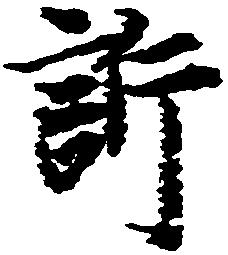
訴